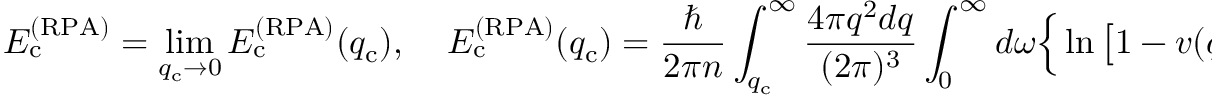
E _ { \mathrm { c } } ^ { ( \mathrm { R P A } ) } = \operatorname* { l i m } _ { q _ { \mathrm { c } } \rightarrow 0 } E _ { \mathrm { c } } ^ { ( \mathrm { R P A } ) } ( q _ { \mathrm { c } } ) , \ \ \ \ \ E _ { \mathrm { c } } ^ { ( \mathrm { R P A } ) } ( q _ { \mathrm { c } } ) = \frac { \hbar } { 2 \pi n } \int _ { q _ { \mathrm { c } } } ^ { \infty } \frac { 4 \pi q ^ { 2 } d q } { ( 2 \pi ) ^ { 3 } } \int _ { 0 } ^ { \infty } d \omega \Big \{ \ln \left[ 1 - v ( q ) \chi ^ { ( 0 ) } ( q , i \omega ) \right] + v ( q ) \chi ^ { ( 0 ) } ( q , i \omega ) \Big \} ,